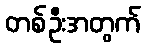
တစ်ဦးအတွက်